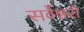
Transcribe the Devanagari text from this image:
सर्वेश्वरो